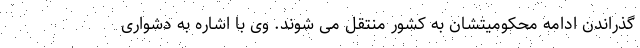
گذراندن ادامه محکومیتشان به کشور منتقل می شوند. وی با اشاره به دشواری